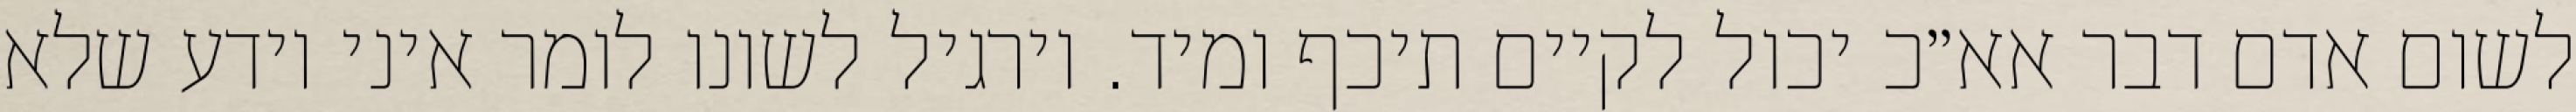
לשום אדם דבר אא״כ יכול לקיים תיכף ומיד. וירגיל לשונו לומר איני יודע שלא